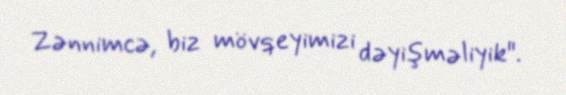
Zənnimcə, biz mövqeyimizi dəyişməliyik".